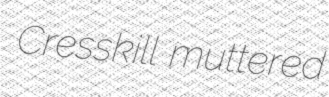
Cresskill muttered